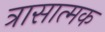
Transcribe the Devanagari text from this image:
त्रासात्मक